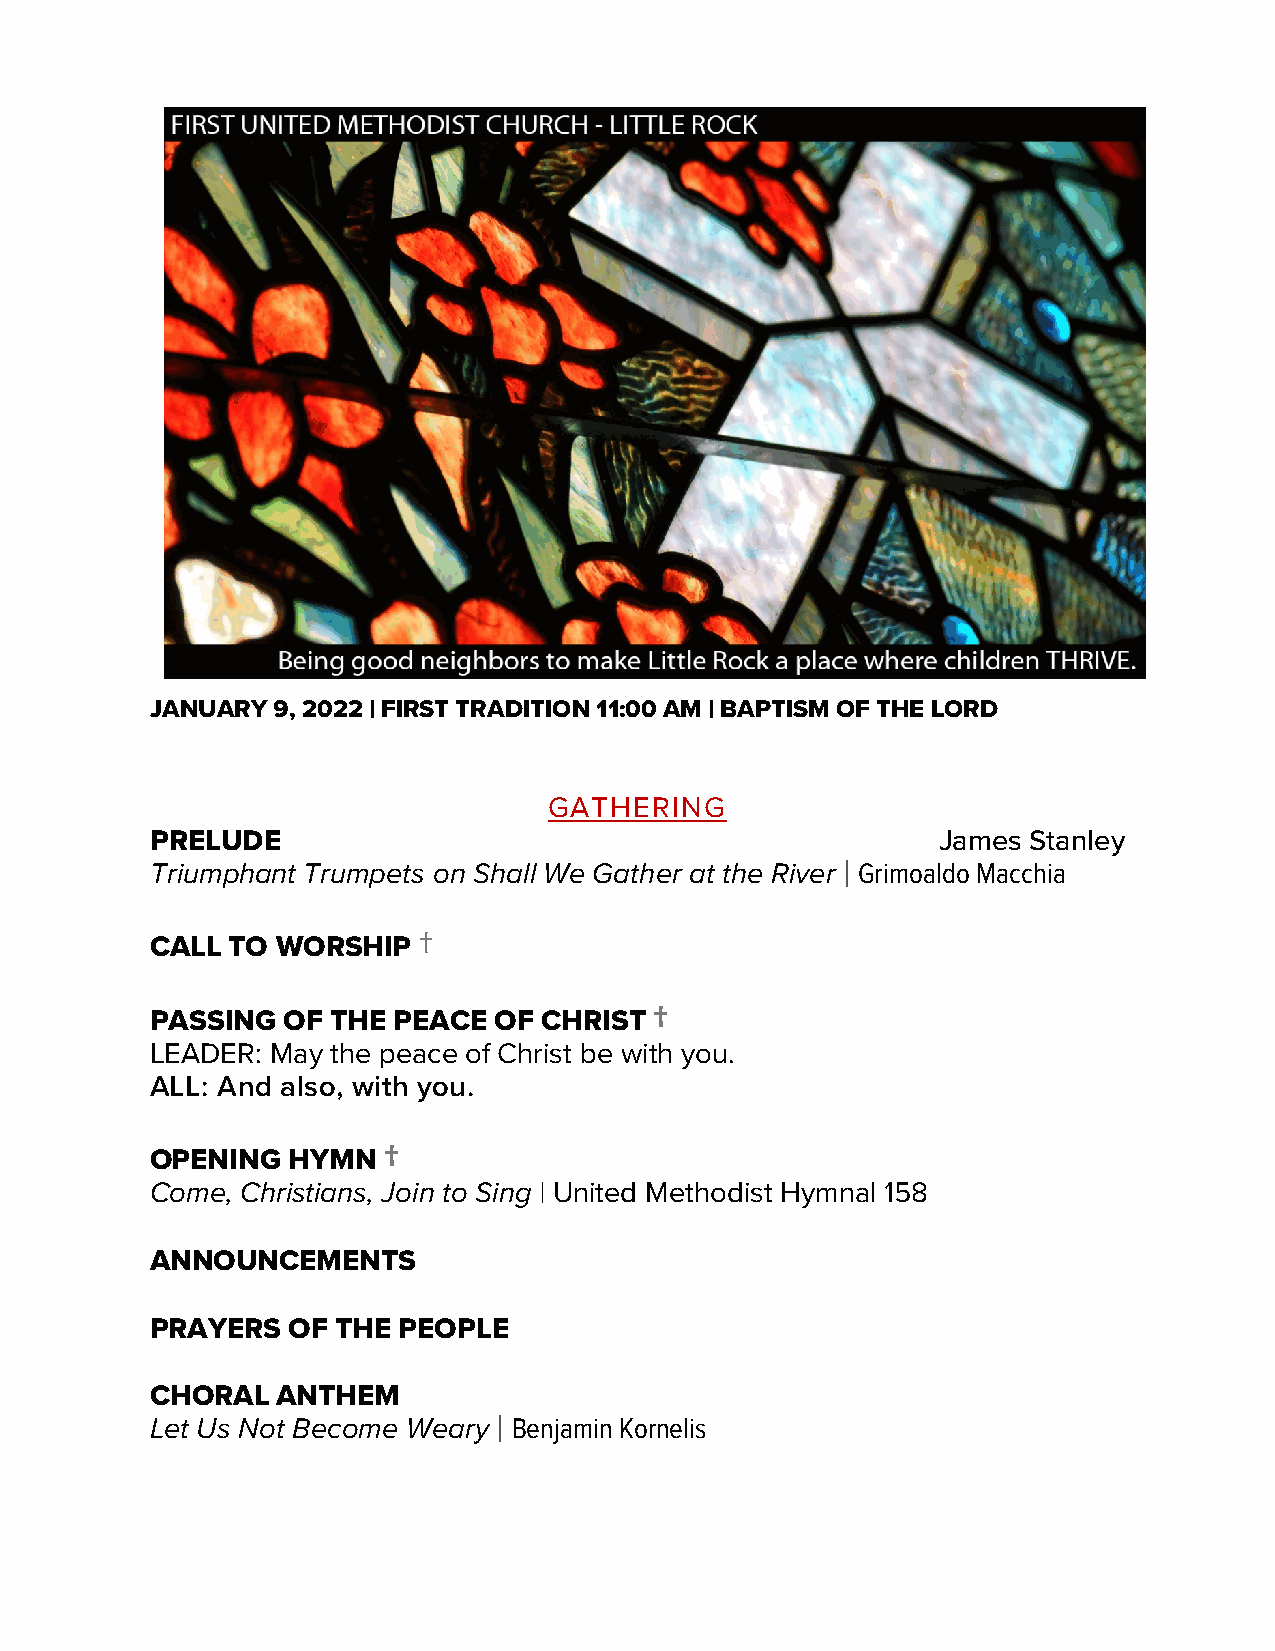
JANUARY 9, 2022 | FIRST TRADITION 11:00 AM | BAPTISM OF THE LORD
 GATHERING
 PRELUDE                                             James Stanley
 Triumphant Trumpets on Shall We Gather at the River | Grimoaldo Macchia
 CALL TO WORSHIP
 †
 †
 PASSING  OF THE PEACE  OF CHRIST
 LEADER: May the peace of Christ be with you.
 ALL: And also, with you.
 OPENING  HYMN
 †
 Come, Christians, Join to Sing | United Methodist Hymnal 158
 ANNOUNCEMENTS
 PRAYERS  OF THE PEOPLE
 CHORAL  ANTHEM
 Let Us Not Become Weary | Benjamin Kornelis